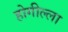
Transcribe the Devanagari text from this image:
होगील्ला